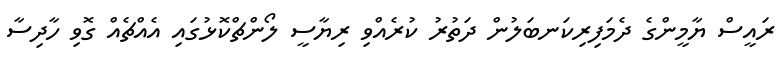
ރައީސް ޔާމީންގެ ދެމަފިރިކަނބަލުން ދަތުރު ކުރެއްވި ރިޔާސީ ލޯންޗްކޮޅުގައި އެއްޗެއް ގޮވި ހާދިސާ